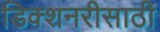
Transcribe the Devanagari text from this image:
डिक्शनरीसाठी